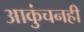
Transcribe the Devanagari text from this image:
आकुंचनही